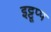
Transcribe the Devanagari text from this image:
इट्टूप्प